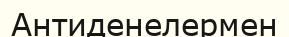
Антиденелермен